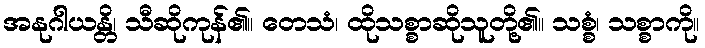
အနုဂါယန္တိ၊ သီဆိုကုန်၏။ တေသံ၊ ထိုသစ္စာဆိုသူတို့၏။ သစ္စံ၊ သစ္စာကို။